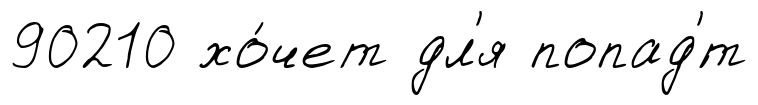
90210 хо́чет дл'я попад'́т